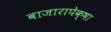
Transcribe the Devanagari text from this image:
बाजारापेक्षा